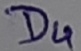
Text: D4